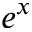
e ^ { x }